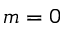
m = 0